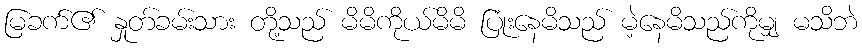
မြခက်၏ နှုတ်ခမ်းသား တို့သည် မိမိကိုယ်မိမိ ပြုံးနေမိသည် မဲ့နေမိသည်ကိုမျှ မသိဘဲ